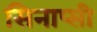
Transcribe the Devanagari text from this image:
सिनाप्सी